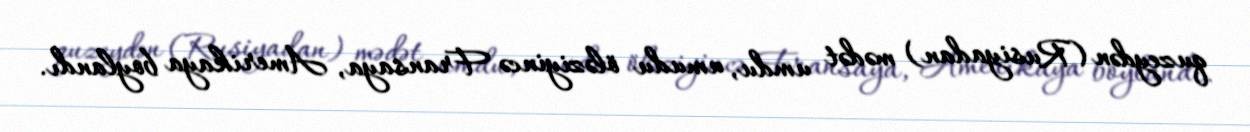
quzeydən (Rusiyadan) mədət umdu, umudu öləziyincə Fransaya, Amerikaya boylandı.